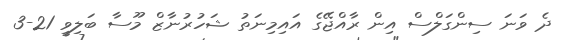
ދެ ވަނަ ސިންގަލްސް އިން ރާއްޖޭގެ އައިމިނަތު ޝަހުރުނާޒް މޫސާ ބަލިވީ 21-3